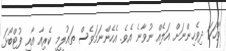
ވާހަކަ ދިވެހިންނަށް އަލެއް ނުވާނެ އެވެ. އެހެންނަމަވެސް ތައުލީމީ ކެރިއާ އާއި ފުޓްބޯޅަ